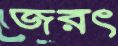
জরৎ